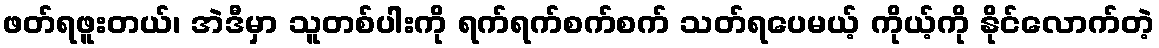
ဖတ်ရဖူးတယ်၊ အဲဒီမှာ သူတစ်ပါးကို ရက်ရက်စက်စက် သတ်ရပေမယ့် ကိုယ့်ကို နိုင်လောက်တဲ့